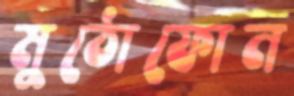
মুঠোফোন